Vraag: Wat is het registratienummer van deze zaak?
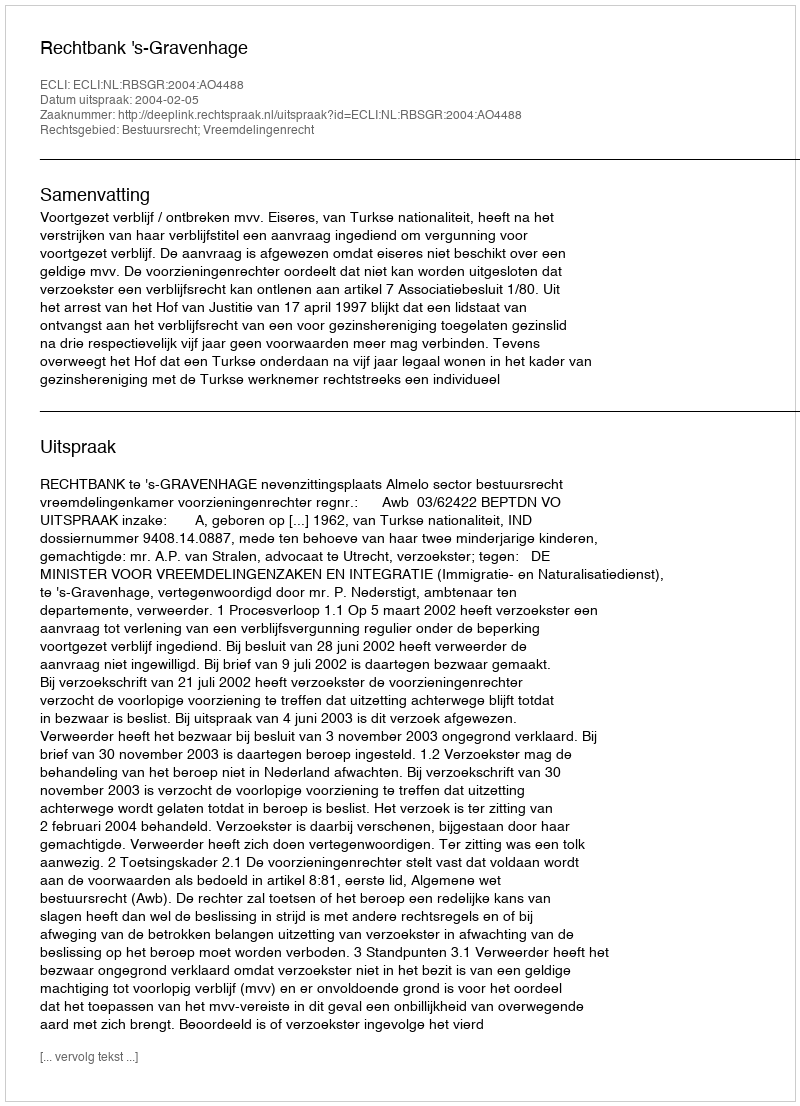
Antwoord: http://deeplink.rechtspraak.nl/uitspraak?id=ECLI:NL:RBSGR:2004:AO4488